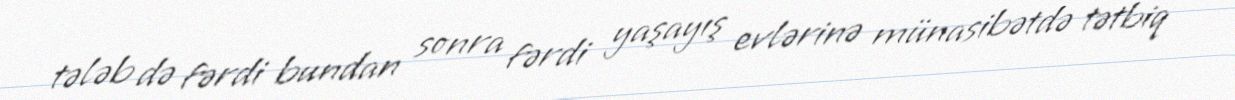
tələb də fərdi bundan sonra fərdi yaşayış evlərinə münasibətdə tətbiq